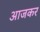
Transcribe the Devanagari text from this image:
आजकर